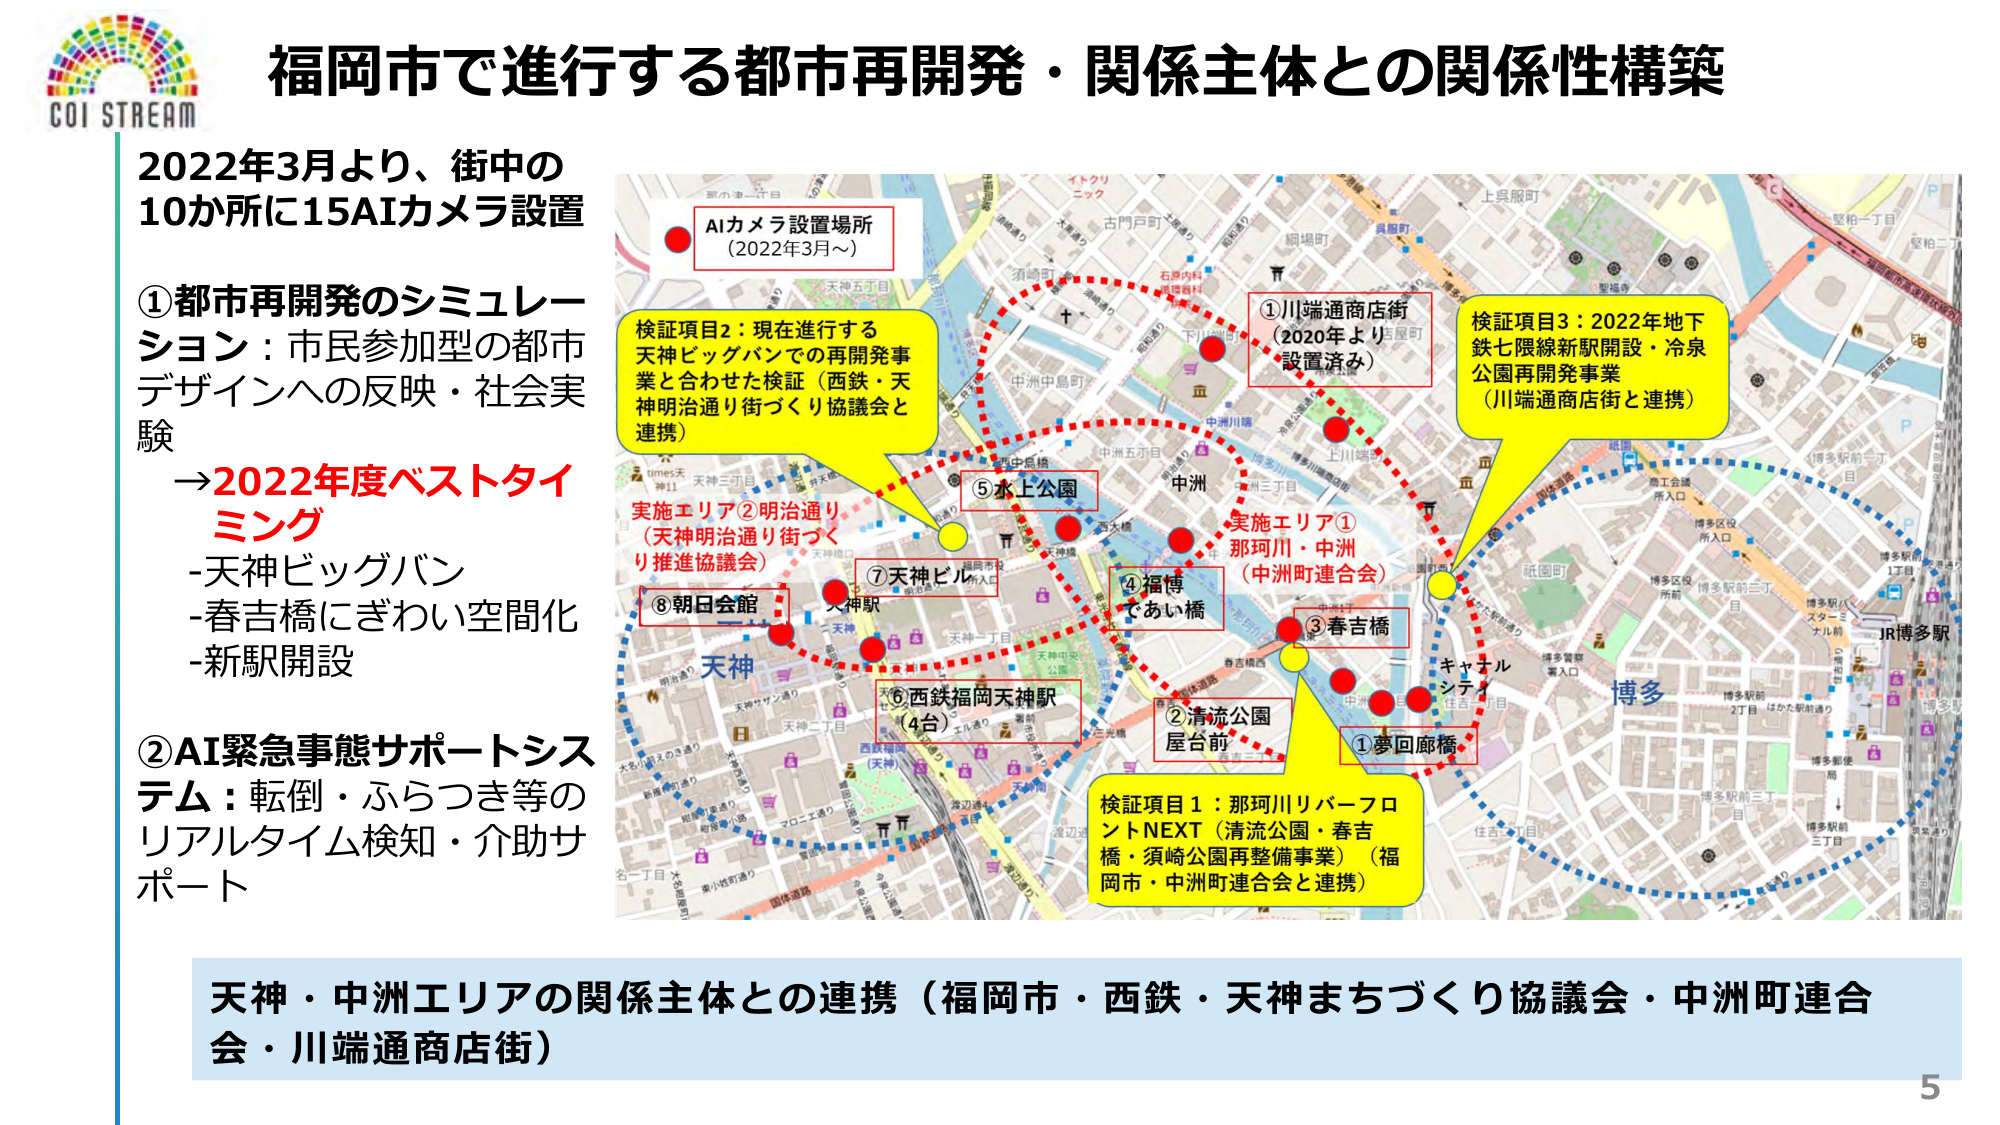
福岡市で進行する都市再開発・関係主体との関係性構築

2022年3月より、街中の
10か所に15AIカメラ設置

①都市再開発のシミュレーション：市民参加型の都市
デザインへの反映・社会実験
→2022年度ベストタイミング
-天神ビッグバン
-春吉橋にぎわい空間化
-新駅開設

②AI緊急事態サポートシステム：転倒・ふらつき等の
リアルタイム検知・介助サポート

AIカメラ設置場所
（2022年3月～）

検証項目2：現在進行する
天神ビッグバンでの再開発事業と合せた検証（西鉄・天
神明治通り街づくり協議会と
連携）

実施エリア②明治通り
（天神明治通り街づくり推進協議会）

⑧朝日会館

⑦天神ビル

⑥西鉄福岡天神駅
（4台）

⑤水上公園

④福博
であい橋

③春吉橋

②清流公園
屋台前

①夢回廊橋

検証項目1：那珂川リバーフロントNEXT（清流公園・春吉橋・須崎公園再整備事業）（福岡市・中洲町連合会と連携）

①川端通商店街
（2020年より設置済み）

検証項目3：2022年地下鉄七隈線新駅開設・冷泉公園再開発事業
（川端通商店街と連携）

実施エリア①
那珂川・中洲
（中洲町連合会）

天神・中洲エリアの関係主体との連携（福岡市・西鉄・天神まちづくり協議会・中洲町連合会・川端通商店街）

5